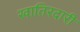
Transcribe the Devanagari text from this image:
खातिरदारी